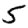
Digit: 5